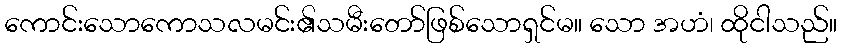
ကောင်းသောကောသလမင်း၏သမီးတော်ဖြစ်သောရှင်မ။ သော အဟံ၊ ထိုငါသည်။